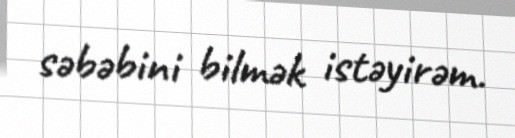
səbəbini bilmək istəyirəm.